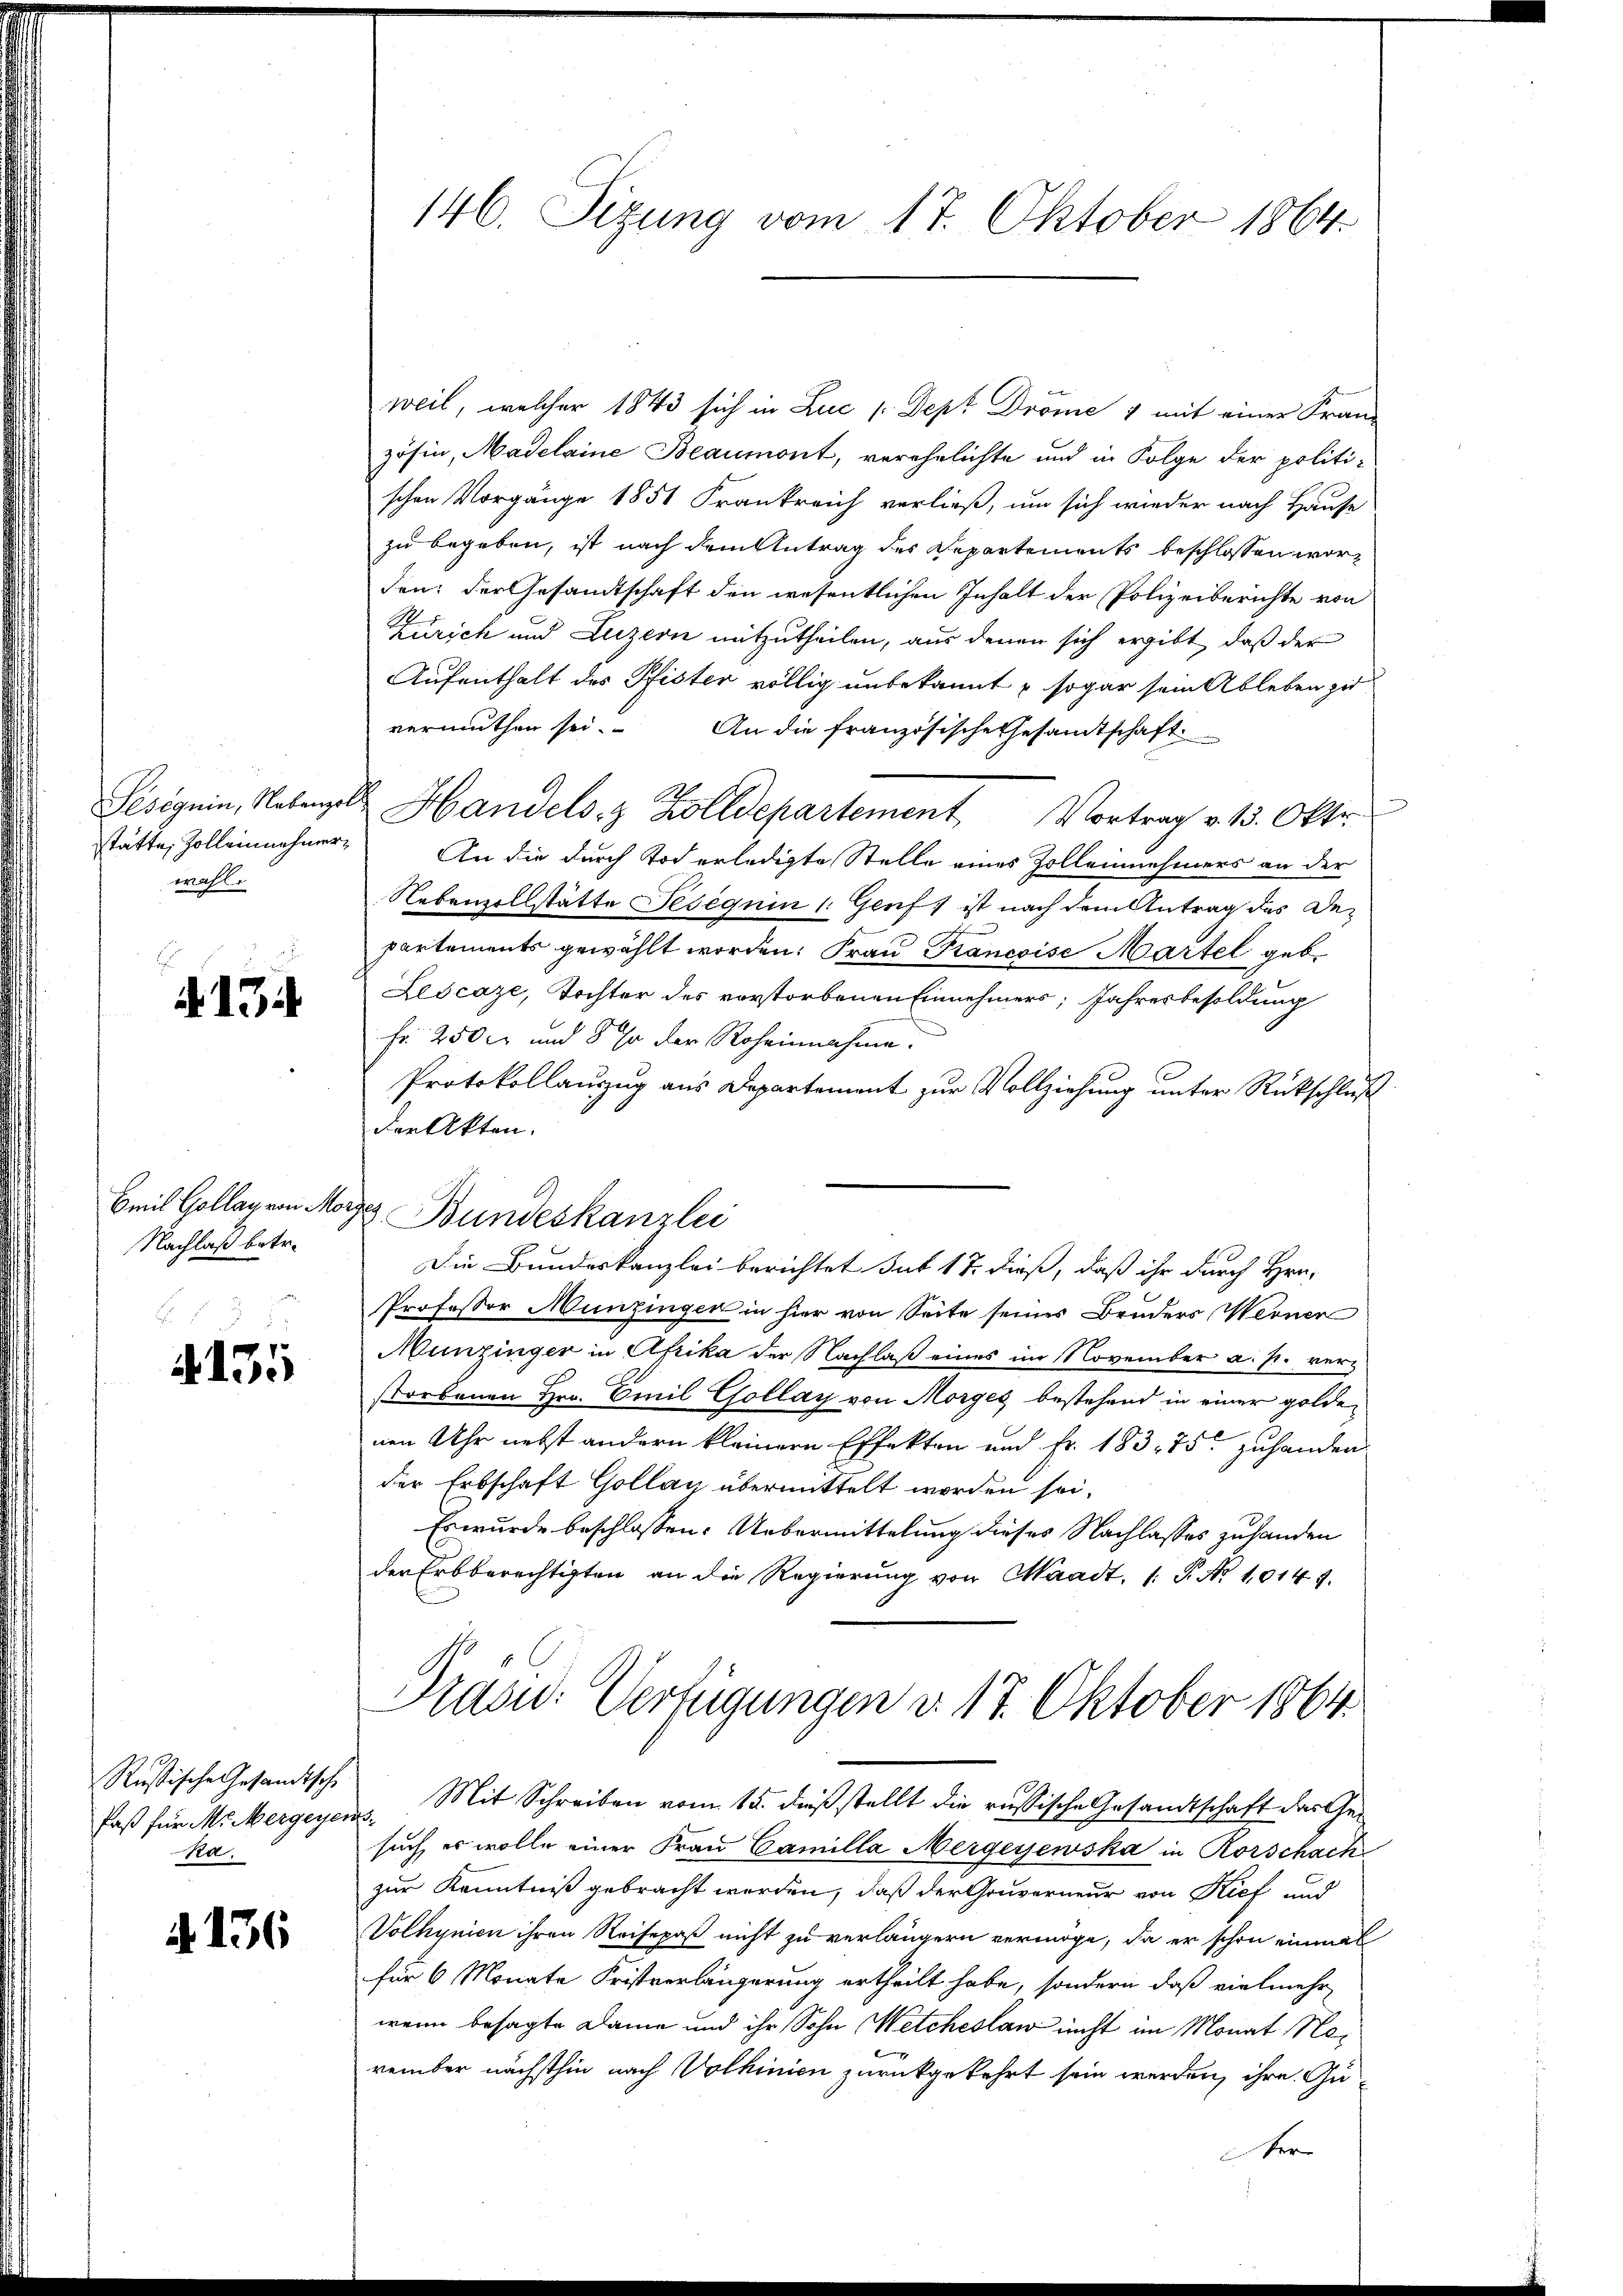
wahl.

E
4194.

Emil Gollay von Mo
Nachlaß betr.

135

Russische Gesandtsche
Paß für M. Mezgegen
Ra.

. 136

146. Sizung vom 17. Oktober 1864.

weil, welcher 1843 sich in Luc (Dept Dröme 1 mit einer Franz
zösin, Madelaine Beaumont, verehelichte und in Folge der politischen Vorgänge 1851 Frankreich verließ, um sich wieder nach Hause
zu begeben, ist nach dem Antrag des Departements beschlossen worden; der Gesandtschaft den wesentlichen Inhalt der Polizeiberichte von
Zürich und Luzern mitzutheilen, aus denen sich ergibt, daß der
Aufenthalt des Pfister völlig unbekannt & sogar sein Ableben zu
vermuthen sei. An die französische Gesandtschaft
Pesigein, Nebenzell Handels- & Zolldepartement Vortrag v. 13. Okto
stätte, Zolleinnehmer. An die durch Tod erledigte Stelle eines Zolleinehmers an der
Nebenzollstätte Seseguin 1. Genf ist nach dem Antrag des Departements gewählt worden. Frau Pancoise Martel geb.
Lescaze, Tochter des vorstorbenen Einnehmers; Jahresbesoldung
Fr. 250 l. und 8 % der Roheinnahme.
Protokollauszug aus Departement zur Vollziehung unter Rückschluß
der Akten.
d Bundeskanzlei
Professor Munzingen in hier von Seite seines Bruders Werner
Munzinger in Afrika der Nachlaß eines im November a. p. verstorbenen Hrn. Emil Gollay von Morges bestehend in einer goldenen Uhr nebst andern kleinern Effekten und Fr. 183. 75. zuhanden
der Erbschaft Gollan übermittelt worden sei.
Es wurde beschlossen: Uebermittelung dieses Nachlasses zuhanden
der Erbberechtigten an die Regierŭng von Waadt, /: P. Nr. 10147.
Präsid.: Verfügungen d. 17. Oktober 1864
" Mit Schreiben vom 15. dieß stellt die russische Gesandtschaft das Gesuch, er wolle einer Frau Camilla Mergeyewska in Rorschach
zur Kenntniß gebracht werden, daß der Gouverneur von Kief und
Volhynien ihren Reisepaß nicht zu verlängern vermöge, da er schon einmal
für 6 Monate Fristverlängerung ertheilt habe, sondern daß vielmehr
wenn besagte Dame und ihr Sohn etcheslaw nicht im Monat Nerember nächsthin nach Volhinien zurückgekehrt sein werden, ihre Guer

Die Bundeskanzlei berichtet sub 17. dieß, daß ihr durch Hrn.